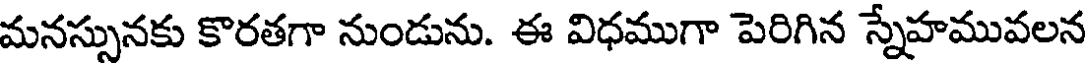
మనస్సునకు కొరతగా నుండును. ఈ విధముగా పెరిగిన స్నేహమువలన